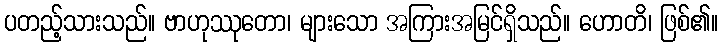
ပတည့်သားသည်။ ဗာဟုဿုတော၊ များသော အကြားအမြင်ရှိသည်။ ဟောတိ၊ ဖြစ်၏။